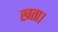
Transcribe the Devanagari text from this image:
खता।